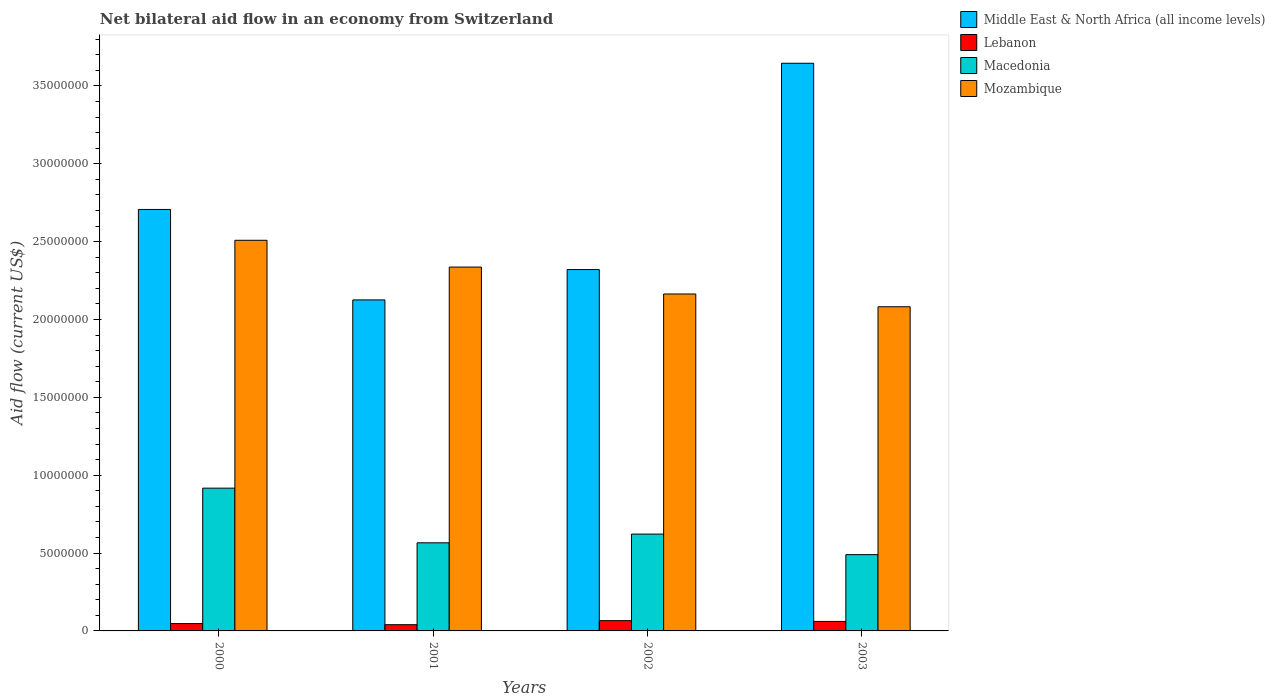
| Years | Middle East & North Africa (all income levels) | Lebanon | Macedonia | Mozambique |
 | --- | --- | --- | --- | --- |
 | 2000 | 2.71e+07 | 4.7e+05 | 9.17e+06 | 2.51e+07 |
 | 2001 | 2.13e+07 | 4e+05 | 5.66e+06 | 2.34e+07 |
 | 2002 | 2.32e+07 | 6.6e+05 | 6.22e+06 | 2.16e+07 |
 | 2003 | 3.65e+07 | 6.1e+05 | 4.9e+06 | 2.08e+07 |